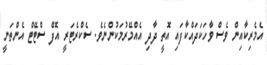
އެމެރިކާއިން ވެސް ވާހަކަދައްކާފައި އޮތީ ދާދި އެއްމޭރުމަކުންނެވެ. ސެކްރެޓަރީ އޮފް ސްޓޭޓް އެންތަނީ